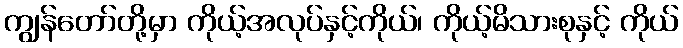
ကျွန်တော်တို့မှာ ကိုယ့်အလုပ်နှင့်ကိုယ်၊ ကိုယ့်မိသားစုနှင့် ကိုယ်